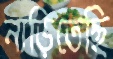
নাড়িতেছি